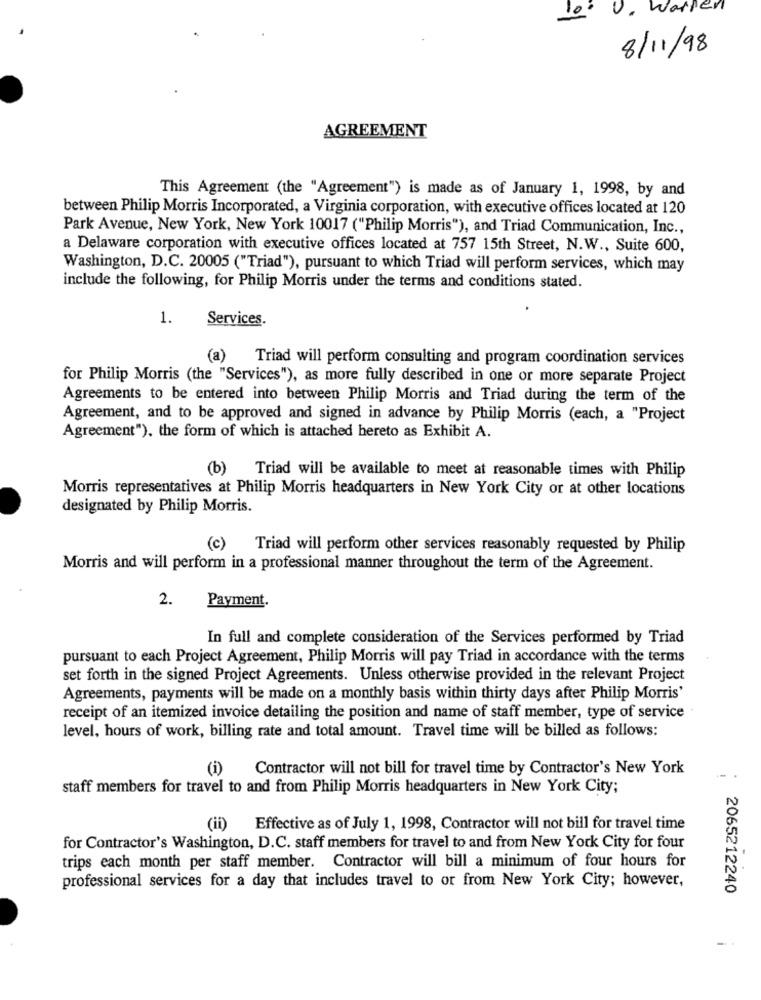
10. 0. Warren
8/11/98
AGREEMENT
This Agreement (the "Agreement") is made as of January 1, 1998, by and
between Philip Morris Incorporated, a Virginia corporation, with executive offices located at 120
Park Avenue, New York, New York 10017 ("Philip Morris"), and Triad Communication, Inc .,
a Delaware corporation with executive offices located at 757 15th Street, N.W ., Suite 600,
Washington, D.C. 20005 ("Triad"), pursuant to which Triad will perform services, which may
include the following, for Philip Morris under the terms and conditions stated.
1.
Services.
(a) Triad will perform consulting and program coordination services
for Philip Morris (the "Services"), as more fully described in one or more separate Project
Agreements to be entered into between Philip Morris and Triad during the term of the
Agreement, and to be approved and signed in advance by Philip Morris (each, a "Project
Agreement"), the form of which is attached hereto as Exhibit A.
(b) Triad will be available to meet at reasonable times with Philip
Morris representatives at Philip Morris headquarters in New York City or at other locations
designated by Philip Morris.
(c)
Triad will perform other services reasonably requested by Philip
Morris and will perform in a professional manner throughout the term of the Agreement.
Payment.
2.
In full and complete consideration of the Services performed by Triad
pursuant to each Project Agreement, Philip Morris will pay Triad in accordance with the terms
set forth in the signed Project Agreements. Unless otherwise provided in the relevant Project
Agreements, payments will be made on a monthly basis within thirty days after Philip Morris'
receipt of an itemized invoice detailing the position and name of staff member, type of service
level, hours of work, billing rate and total amount. Travel time will be billed as follows:
(i)
Contractor will not bill for travel time by Contractor's New York
staff members for travel to and from Philip Morris headquarters in New York City;
(ii)
Effective as of July 1, 1998, Contractor will not bill for travel time
for Contractor's Washington, D.C. staff members for travel to and from New York City for four
trips each month per staff member. Contractor will bill a minimum of four hours for
professional services for a day that includes travel to or from New York City; however,
2065212240